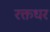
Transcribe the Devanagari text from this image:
रक्तधर